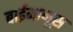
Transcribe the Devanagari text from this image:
बाईमाणूस